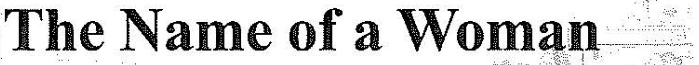
The Name of a Woman___